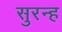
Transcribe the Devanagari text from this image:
सुरन्ह